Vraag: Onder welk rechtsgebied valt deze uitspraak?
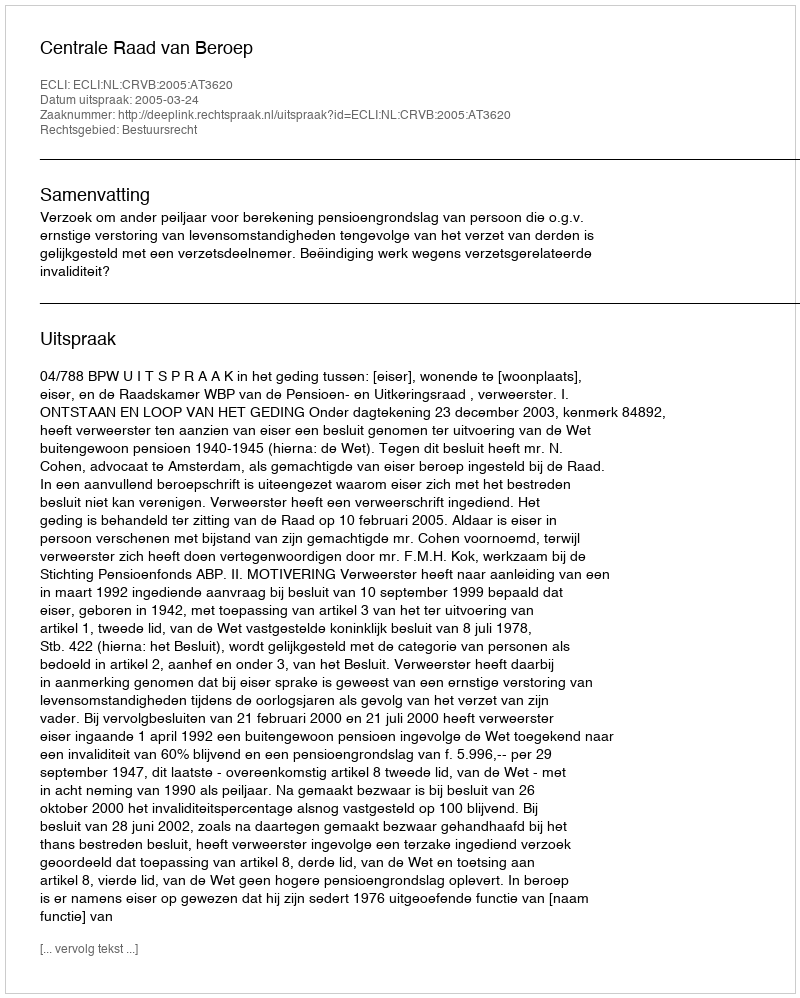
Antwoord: Bestuursrecht